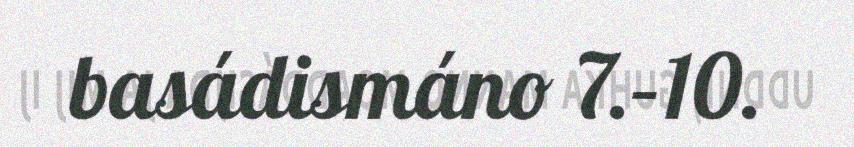
basádismáno 7.–10.